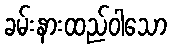
ခမ်းနားထည်ဝါသော